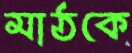
মাঠকে